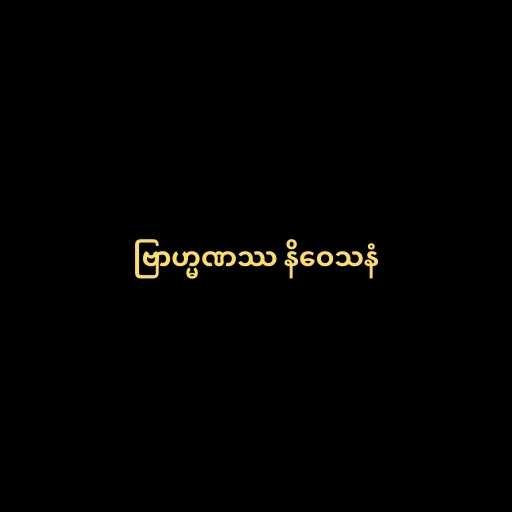
ဗြာဟ္မဏဿ နိဝေသနံ